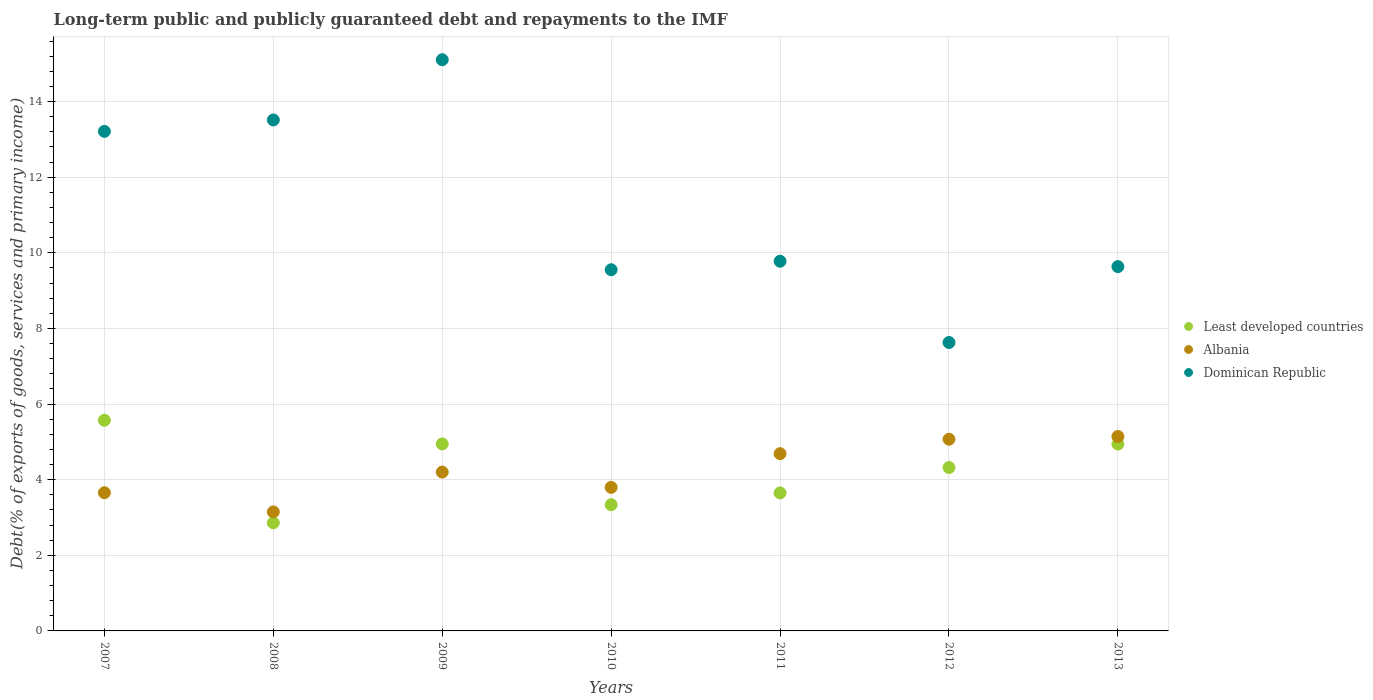
| Years | Least developed countries | Albania | Dominican Republic |
 | --- | --- | --- | --- |
 | 2007 | 5.57 | 3.66 | 13.2 |
 | 2008 | 2.86 | 3.15 | 13.5 |
 | 2009 | 4.95 | 4.2 | 15.1 |
 | 2010 | 3.34 | 3.8 | 9.55 |
 | 2011 | 3.65 | 4.69 | 9.78 |
 | 2012 | 4.32 | 5.07 | 7.63 |
 | 2013 | 4.94 | 5.14 | 9.64 |